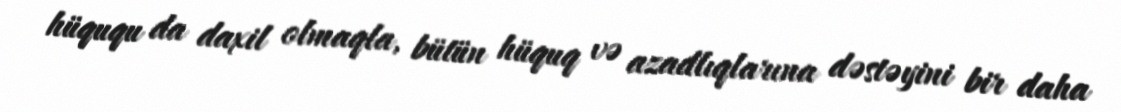
hüququ da daxil olmaqla, bütün hüquq və azadlıqlarına dəstəyini bir daha